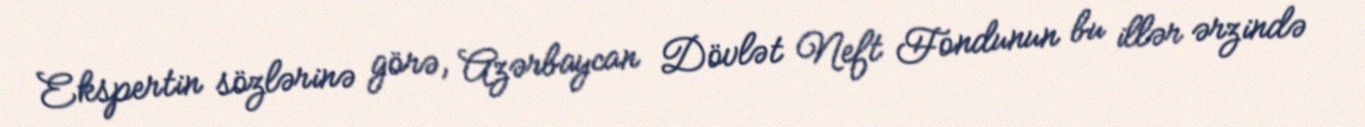
Ekspertin sözlərinə görə, Azərbaycan Dövlət Neft Fondunun bu illər ərzində